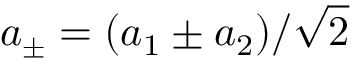
a _ { \pm } = ( a _ { 1 } \pm a _ { 2 } ) / { \sqrt { 2 } }